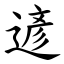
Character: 遃